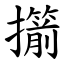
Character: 擶